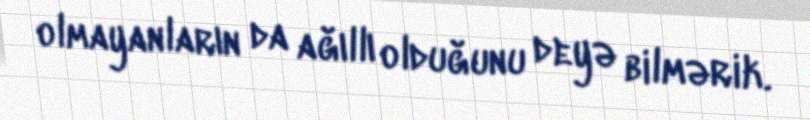
olmayanların da ağıllı olduğunu deyə bilmərik.